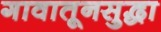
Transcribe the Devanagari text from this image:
गावातूनसुद्धा